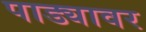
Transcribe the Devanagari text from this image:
पाड्यावर